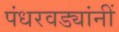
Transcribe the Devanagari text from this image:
पंधरवड्यांनीं